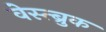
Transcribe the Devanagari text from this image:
वेस्त्ब्रुक